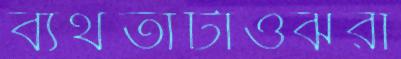
ব্যর্থতাটাওঝরা